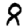
Digit: 8